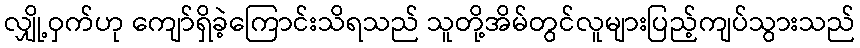
လျှို့ဝှက်ဟု ကျော်ရှိခဲ့ကြောင်းသိရသည် သူတို့အိမ်တွင်လူများပြည့်ကျပ်သွားသည်